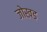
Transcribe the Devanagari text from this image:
जोखड